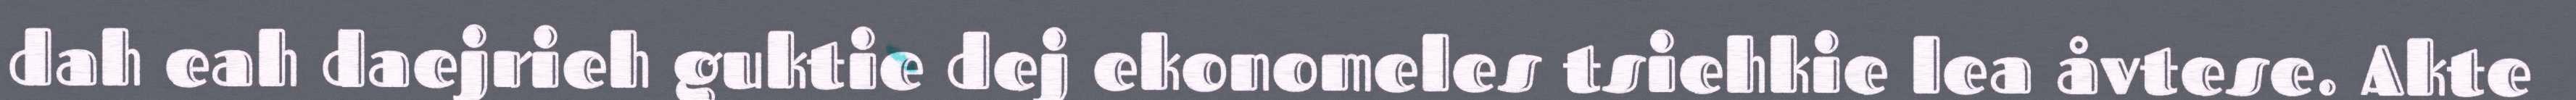
dah eah daejrieh guktie dej ekonomeles tsiehkie lea åvtese. Akte